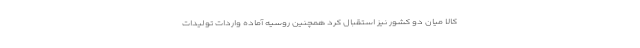
کالا میان دو کشور نیز استقبال کرد همچنین روسیه آماده واردات تولیدات